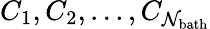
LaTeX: C_{1},C_{2},...,C_{\mathcal{N}_{\mathrm{{bath}}}}